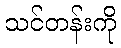
သင်တန်းကို